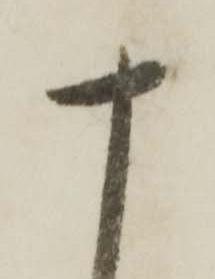
十